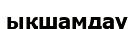
ықшамдау